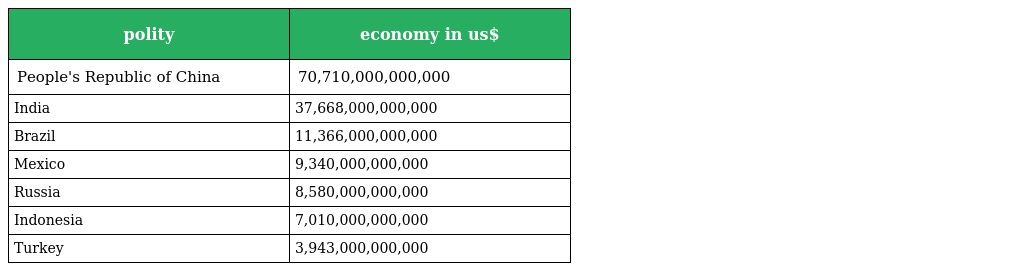
| polity | economy in us$ |
 | --- | --- |
 | People's Republic of China | 70,710,000,000,000 |
 | India | 37,668,000,000,000 |
 | Brazil | 11,366,000,000,000 |
 | Mexico | 9,340,000,000,000 |
 | Russia | 8,580,000,000,000 |
 | Indonesia | 7,010,000,000,000 |
 | Turkey | 3,943,000,000,000 |